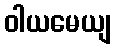
ဝါယမေယျ